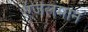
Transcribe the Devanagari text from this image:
एंजेलमान